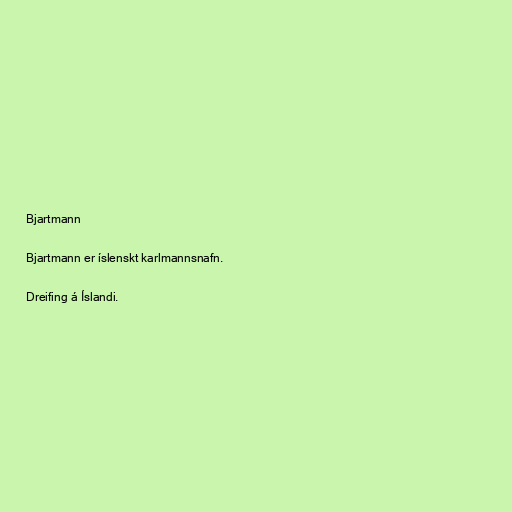
Bjartmann

Bjartmann er íslenskt karlmannsnafn.

Dreifing á Íslandi.